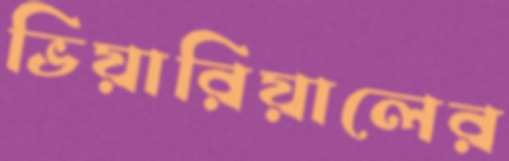
ভিয়ারিয়ালের